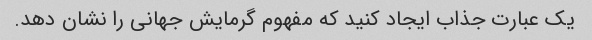
یک عبارت جذاب ایجاد کنید که مفهوم گرمایش جهانی را نشان دهد.